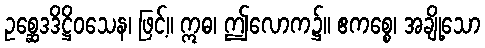
ဥစ္ဆေဒဒိဋ္ဌိဝသေန၊ ဖြင့်။ ဣဓ၊ ဤလောက၌။ ဧကစ္စေ၊ အချို့သော